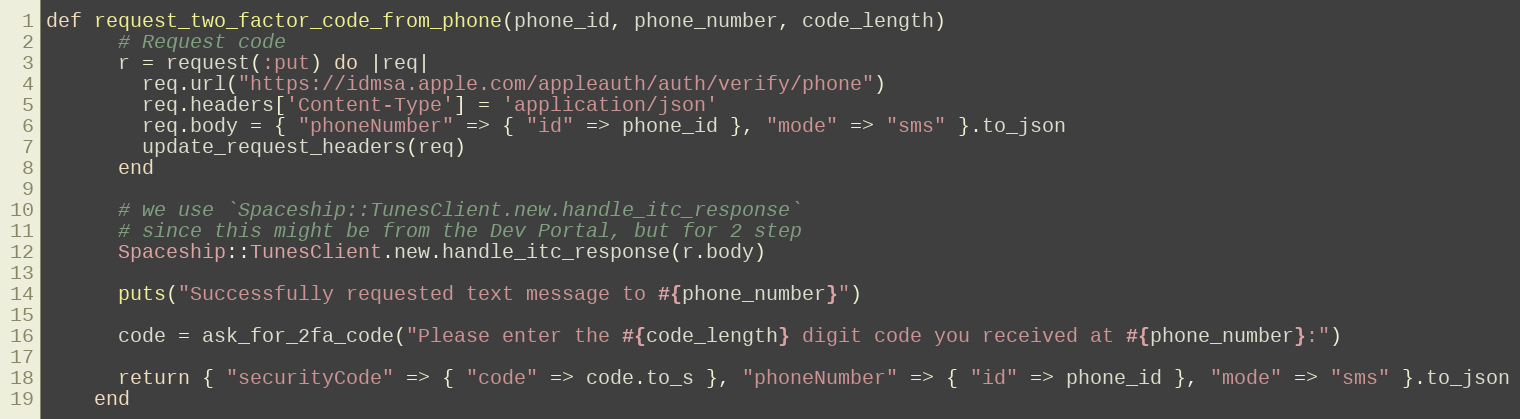
Language: Ruby
def request_two_factor_code_from_phone(phone_id, phone_number, code_length)
      # Request code
      r = request(:put) do |req|
        req.url("https://idmsa.apple.com/appleauth/auth/verify/phone")
        req.headers['Content-Type'] = 'application/json'
        req.body = { "phoneNumber" => { "id" => phone_id }, "mode" => "sms" }.to_json
        update_request_headers(req)
      end

      # we use `Spaceship::TunesClient.new.handle_itc_response`
      # since this might be from the Dev Portal, but for 2 step
      Spaceship::TunesClient.new.handle_itc_response(r.body)

      puts("Successfully requested text message to #{phone_number}")

      code = ask_for_2fa_code("Please enter the #{code_length} digit code you received at #{phone_number}:")

      return { "securityCode" => { "code" => code.to_s }, "phoneNumber" => { "id" => phone_id }, "mode" => "sms" }.to_json
    end